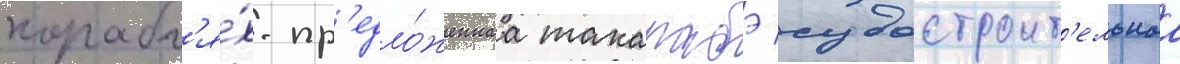
корабл'я́х. пр'едло́женнаа такарабэ судостроит'ельнаа